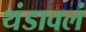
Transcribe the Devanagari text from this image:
थंडावलं